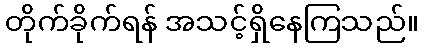
တိုက်ခိုက်ရန် အသင့်ရှိနေကြသည်။